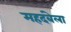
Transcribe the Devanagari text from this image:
महदंबेला